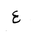
Letter: _ayn